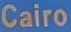
Cairo